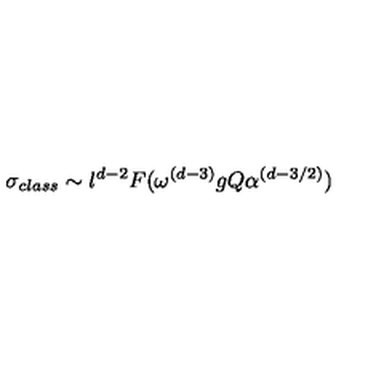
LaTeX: \sigma _ { c l a s s } \sim l ^ { d - 2 } F ( \omega ^ { ( d - 3 ) } g Q \alpha ^ { ( d - 3 / 2 ) } )